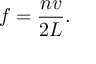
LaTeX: f = { \frac { n v } { 2 L } } .